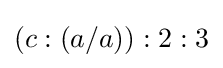
(c:(a/a)):2:3